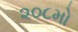
૨૦૮મો